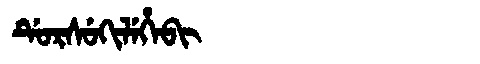
Manchu: ᡩᡠᡵᠰᡠᡴᡳᠯᡝᡥᡝᠪᡳ
Romanization: DURSUKILEHEBI